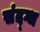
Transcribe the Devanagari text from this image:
संद्ग्ध